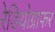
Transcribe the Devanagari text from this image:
रेडियोग्राफर